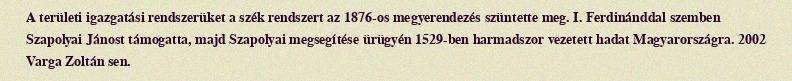
A területi igazgatási rendszerüket a szék rendszert az 1876-os megyerendezés szüntette meg. I. Ferdinánddal szemben Szapolyai Jánost támogatta, majd Szapolyai megsegítése ürügyén 1529-ben harmadszor vezetett hadat Magyarországra. 2002 Varga Zoltán sen.